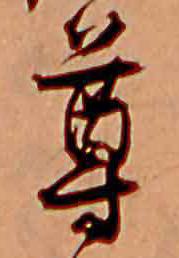
尊